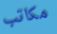
مكاتب